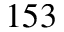
1 5 3